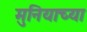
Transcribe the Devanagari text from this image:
मुनियाच्या